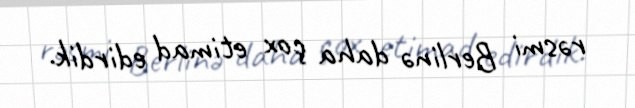
rəsmi Berlinə daha çox etimad edirdik.